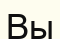
Вы